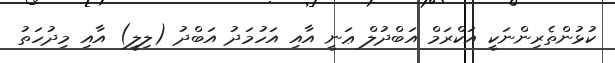
ކުޅުންތެރިންނަކީ އަކްރަމް އަބްދުލް ޢަނީ އާއި އަހުމަދު އަބްދު (ލިލީ) އާއި މިދުހަތު